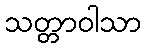
သတ္တာဝါသာ